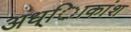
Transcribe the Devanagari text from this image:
अध्ािकांश